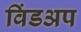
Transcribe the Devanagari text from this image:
विंडअप